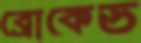
ব্রোকেড